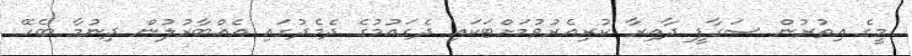
މީގެ އިތުރުން ސަގާފީ ދާއިރާ ކުރިއެރުވުމަށްޓަކައި ދެގައުމުގެ ދެމެދުގައި އެއްބާރުލުން ދިނުމާ ބެހޭ